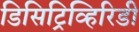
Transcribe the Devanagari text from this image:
डिसिट्रिव्हिरिडी